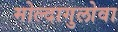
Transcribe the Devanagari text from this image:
मोल्दागुलोवा